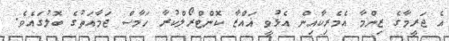
އެ ޖަަރީމާގެ ޒިންމާ އެމެރިކާއިން އެޅުވީ ޣައްްޒާ ކޮންޓްރޯލްކުރާ ހަމާސް ޖަމާއަތުގެ ބޮލުގައެވެ.